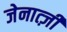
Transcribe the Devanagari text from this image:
जेनात्ज़ी